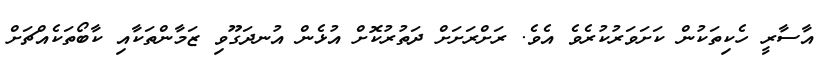
އާސާރީ ހެކިތަކުން ކަށަވަރުކުރެވެ އެވެ. ރަށްރަށަށް ދަތުރުކޮށް އުޅެން އުނދަގޫވި ޒަމާންތަކާއި ކާބޯތަކެއްޗަށް